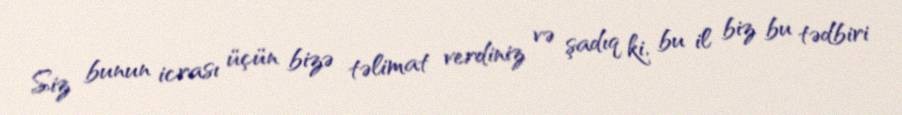
Siz bunun icrası üçün bizə təlimat verdiniz və şadıq ki, bu il biz bu tədbiri